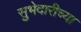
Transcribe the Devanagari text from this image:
सुभेदारीच्या